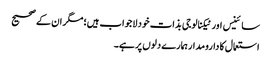
سائینس اور ٹیکنالوجی بذات خود لاجواب ہیں؛ مگر ان کے صحیح
استعمال کا دارومدار ہمارے دلوں پر ہے۔